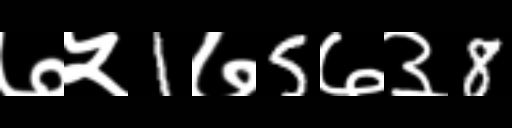
Text: ७५1७5७३8